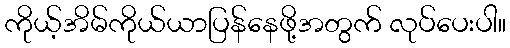
ကိုယ့်အိမ်ကိုယ်ယာပြန်နေဖို့အတွက် လုပ်ပေးပါ။